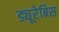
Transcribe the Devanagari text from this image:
ड्यूरेबिस